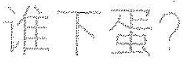
谁下蛋?